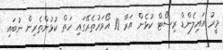
މީރު އައިލެންޑް ރިސޯޓް ކުޅެން އަރާ 10 އޯވަރުތެރޭގައި ހަތް ކުޅުންތެރިން ނުބައި